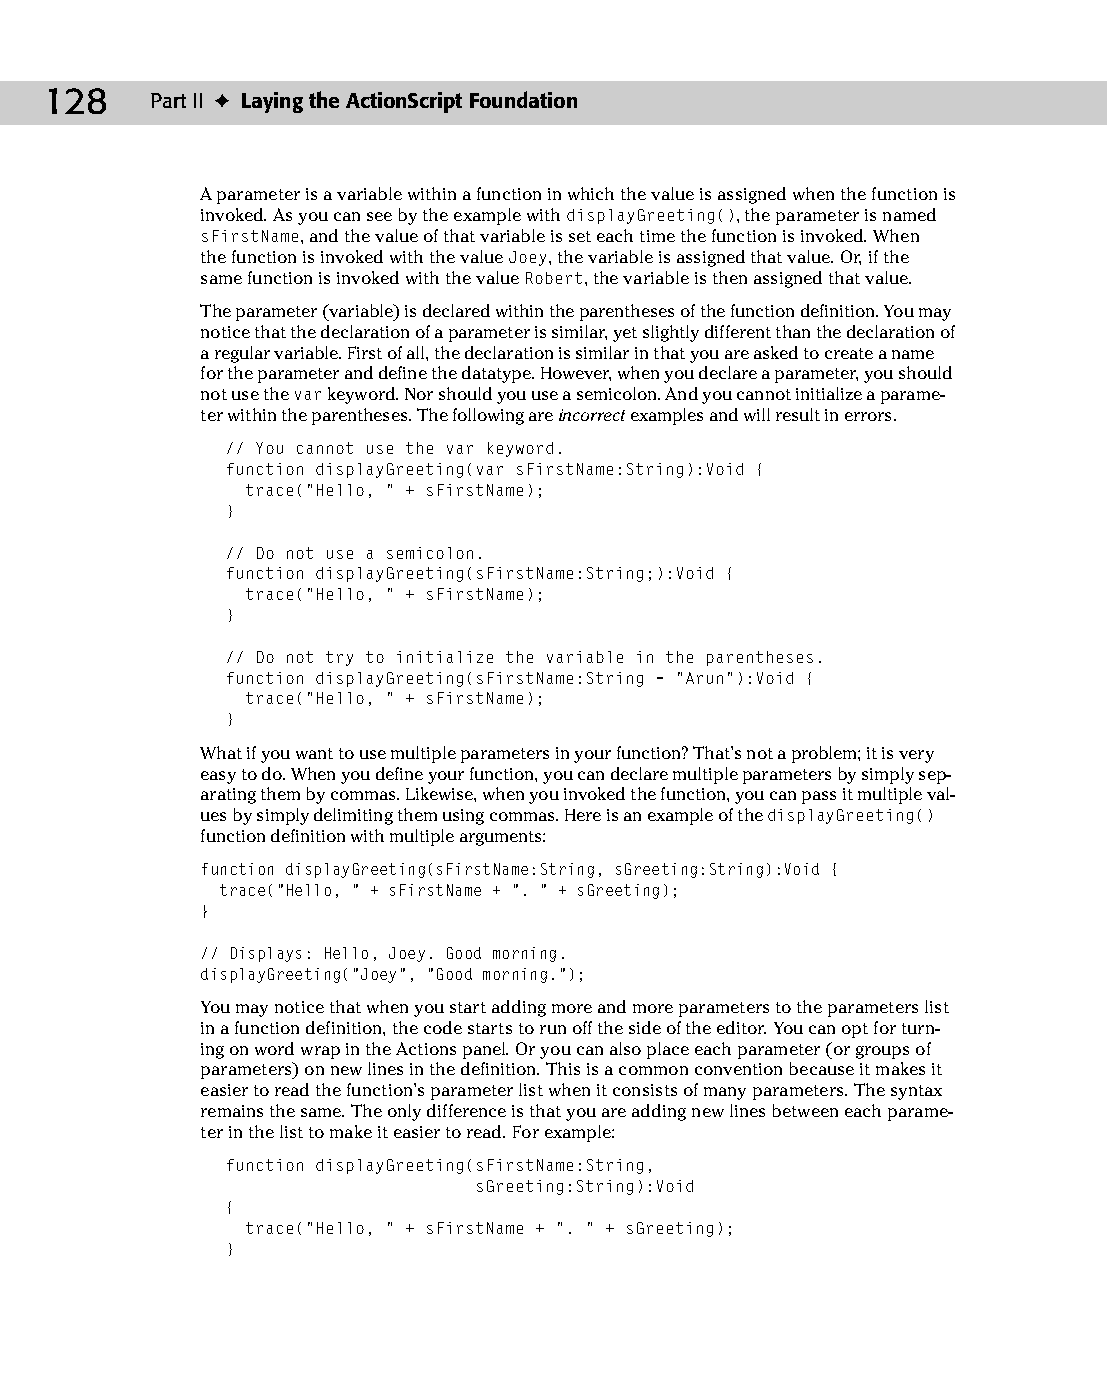
09 543547 ch06.qxd 3/24/04 3:50 PM Page 128
 128    Part II ✦ Laying the ActionScript Foundation
 A parameter is a variable within a function in which the value is assigned when the function is
 invoked. As you can see by the example with displayGreeting(), the parameter is named
 sFirstName, and the value of that variable is set each time the function is invoked. When
 the function is invoked with the value Joey, the variable is assigned that value. Or, if the
 same function is invoked with the value Robert, the variable is then assigned that value.
 The parameter (variable) is declared within the parentheses of the function definition. You may
 notice that the declaration of a parameter is similar, yet slightly different than the declaration of
 a regular variable. First of all, the declaration is similar in that you are asked to create a name
 for the parameter and define the datatype. However, when you declare a parameter, you should
 not use the var keyword. Nor should you use a semicolon. And you cannot initialize a parame­
 ter within the parentheses. The following are incorrect examples and will result in errors.
 // You cannot use the var keyword.
 function displayGreeting(var sFirstName:String):Void {
 trace(“Hello, “ + sFirstName);
 }
 // Do not use a semicolon.
 function displayGreeting(sFirstName:String;):Void {
 trace(“Hello, “ + sFirstName);
 }
 // Do not try to initialize the variable in the parentheses.
 function displayGreeting(sFirstName:String = “Arun”):Void {
 trace(“Hello, “ + sFirstName);
 }
 What if you want to use multiple parameters in your function? That’s not a problem; it is very
 easy to do. When you define your function, you can declare multiple parameters by simply sep­
 arating them by commas. Likewise, when you invoked the function, you can pass it multiple val­
 ues by simply delimiting them using commas. Here is an example of the displayGreeting()
 function definition with multiple arguments:
 function displayGreeting(sFirstName:String, sGreeting:String):Void {
 trace(“Hello, “ + sFirstName + “. “ + sGreeting);
 }
 // Displays: Hello, Joey. Good morning.
 displayGreeting(“Joey”, “Good morning.”);
 You may notice that when you start adding more and more parameters to the parameters list
 in a function definition, the code starts to run off the side of the editor. You can opt for turn­
 ing on word wrap in the Actions panel. Or you can also place each parameter (or groups of
 parameters) on new lines in the definition. This is a common convention because it makes it
 easier to read the function’s parameter list when it consists of many parameters. The syntax
 remains the same. The only difference is that you are adding new lines between each parame­
 ter in the list to make it easier to read. For example:
 function displayGreeting(sFirstName:String,
 sGreeting:String):Void
 {
 trace(“Hello, “ + sFirstName + “. “ + sGreeting);
 }